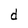
Character: d